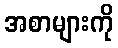
အစာများကို